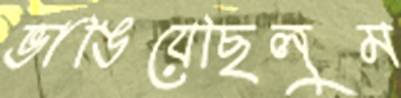
ভাঙিয়েছিলুম